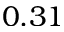
0 . 3 1